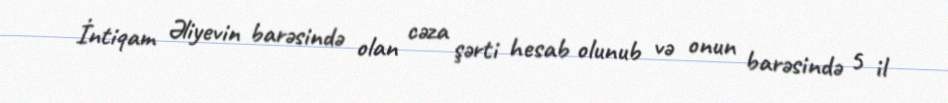
İntiqam Əliyevin barəsində olan cəza şərti hesab olunub və onun barəsində 5 il